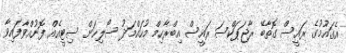
އެގައުމުގެ ރައީސް ގޮތާބޭ ރާޖަޕަކްސަ ރައީސް އިބްރާހިމް މުހައްމަދު ސޯލިހަށް ސިޓީއެއް ފޮނުއްވާފައިވާ